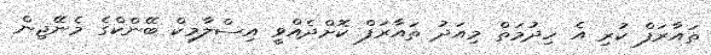
ތައާރަފް ކުރި އެ ހިދުމަތް މިއަދު ތައާރަފް ކޮށްދެއްވީ އިސްލާމިކް ބޭންކްގެ މެނޭޖިން